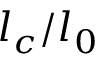
l _ { c } / l _ { 0 }